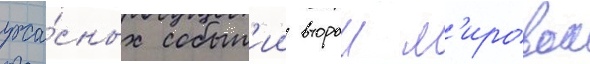
ужа́сных событ'ии второи м'ировои